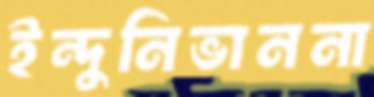
ইন্দুনিভাননা